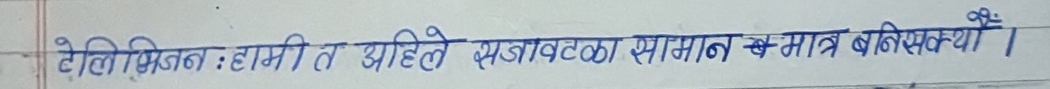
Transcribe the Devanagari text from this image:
टेलिभिजन : हामी त अहिले सजावटका सामान बन्निसक्यौं ।